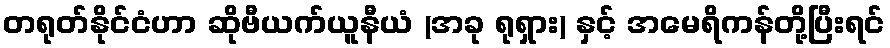
တရုတ်နိုင်ငံဟာ ဆိုဗီယက်ယူနီယံ (အခု ရုရှား) နှင့် အမေရိကန်တို့ပြီးရင်